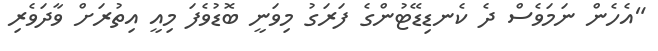
"އެހެން ނަމަވެސް ދެ ކެނޑިޑޭޓުންގެ ފަރަގު މިވަނީ ބޮޑުވެފަ މިއީ އިތުރަށް ވާދަވެރި